65_HS1-834228961_62-HQ-83894_Section_6
Agency: FBI
Page 39
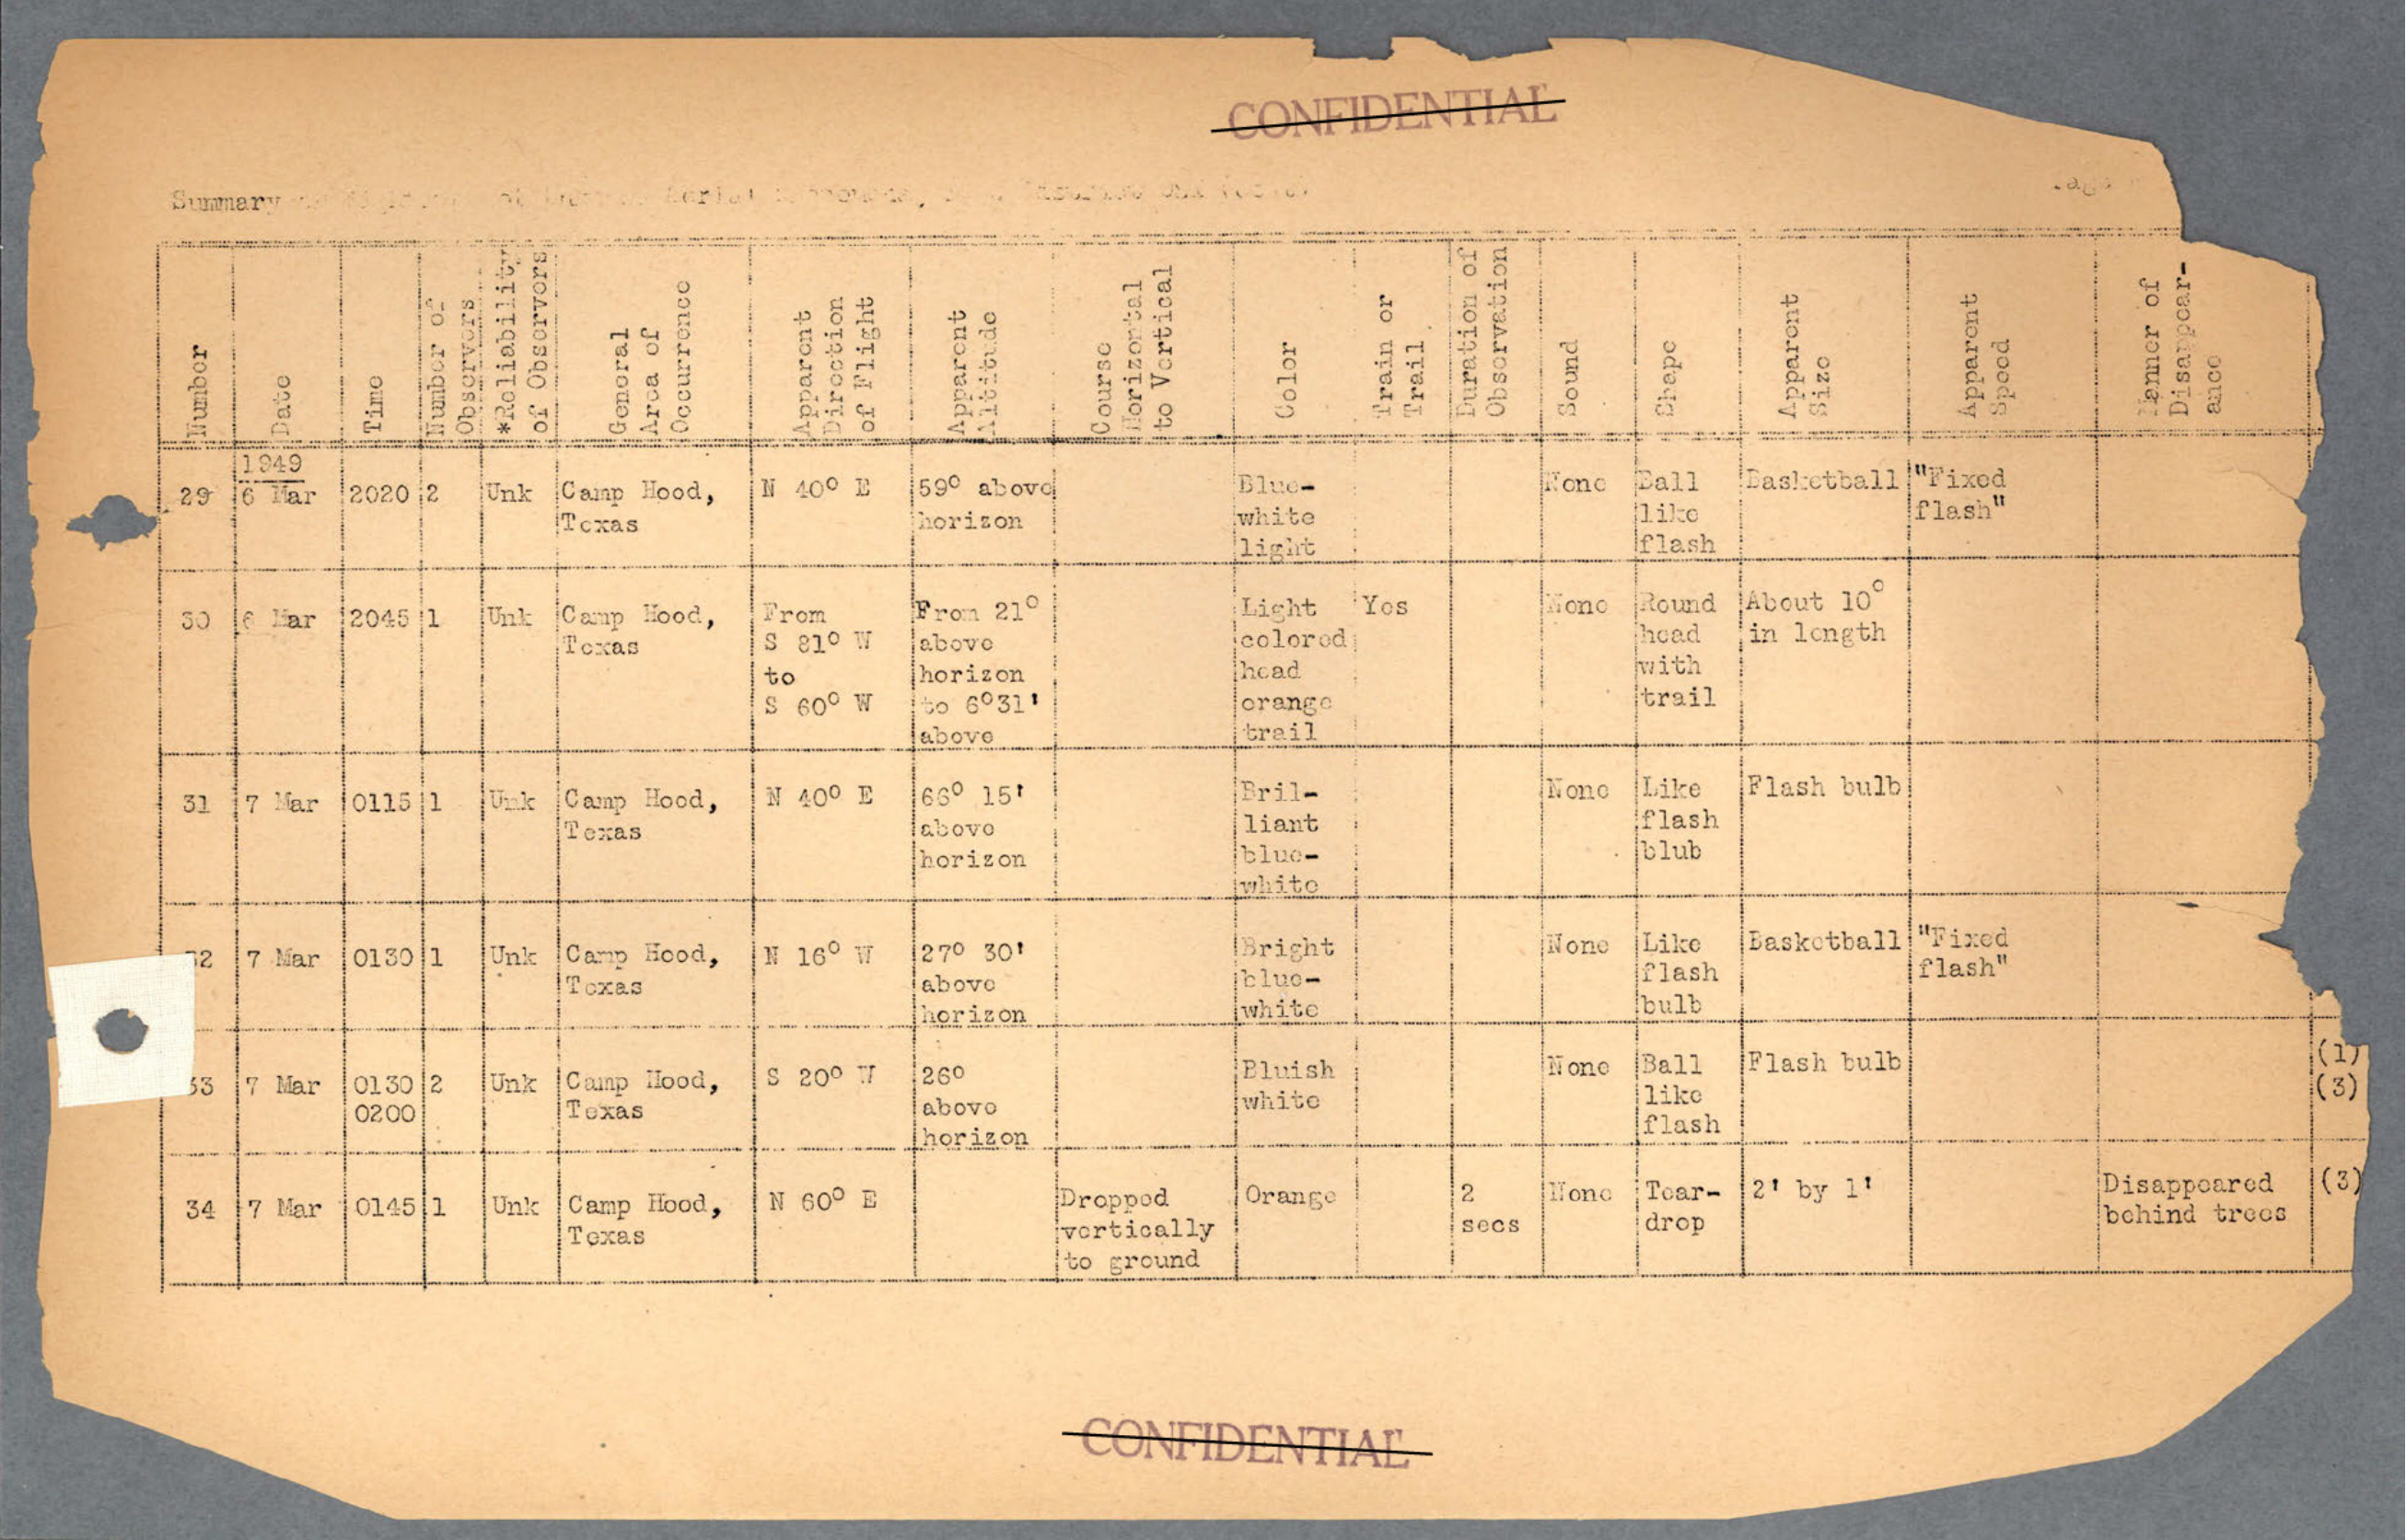